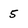
Character: 5